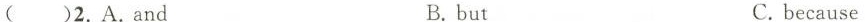
()2.A.And B.but C.because